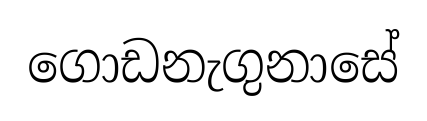
ගොඩනැගුනාසේ